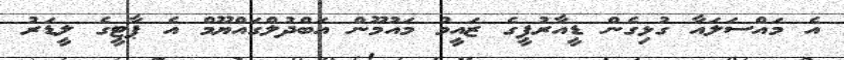
އެ މައްސަލައާ ގުޅިގެން ޑީއާރުޕީގެ ޒައީމު މައުމޫން އަބްދުލްގައްޔޫމް އެ ޕާޓީގެ ލީޑަރު